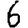
Digit: 6